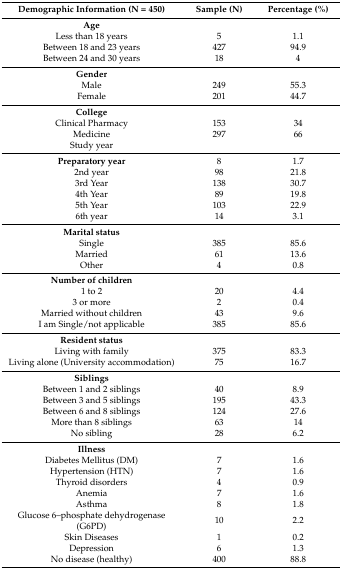
| Demographic Information (N = 450) | Sample (N) | Percentage (%) |
 | --- | --- | --- |
 | Age |  |  |
 | Less than 18 years | 5 | 1.1 |
 | Between 18 and 23 years | 427 | 94.9 |
 | Between 24 and 30 years | 18 | 4 |
 | Gender |  |  |
 | Male | 249 | 55.3 |
 | Female | 201 | 44.7 |
 | College |  |  |
 | Clinical Pharmacy | 153 | 34 |
 | Medicine | 297 | 66 |
 | Study year |  |  |
 | Preparatory year | 8 | 1.7 |
 | 2nd year | 98 | 21.8 |
 | 3rd Year | 138 | 30.7 |
 | 4th Year | 89 | 19.8 |
 | 5th Year | 103 | 22.9 |
 | 6th year | 14 | 3.1 |
 | Marital status |  |  |
 | Single | 385 | 85.6 |
 | Married | 61 | 13.6 |
 | Other | 4 | 0.8 |
 | Number of children |  |  |
 | 1 to 2 | 20 | 4.4 |
 | 3 or more | 2 | 0.4 |
 | Married without children | 43 | 9.6 |
 | I am Single/not applicable | 385 | 85.6 |
 | Resident status |  |  |
 | Living with family | 375 | 83.3 |
 | Living alone (University accommodation) | 75 | 16.7 |
 | Siblings |  |  |
 | Between 1 and 2 siblings | 40 | 8.9 |
 | Between 3 and 5 siblings | 195 | 43.3 |
 | Between 6 and 8 siblings | 124 | 27.6 |
 | More than 8 siblings | 63 | 14 |
 | No sibling | 28 | 6.2 |
 | Illness |  |  |
 | Diabetes Mellitus (DM) | 7 | 1.6 |
 | Hypertension (HTN) | 7 | 1.6 |
 | Thyroid disorders | 4 | 0.9 |
 | Anemia | 7 | 1.6 |
 | Asthma | 8 | 1.8 |
 | Glucose 6–phosphate dehydrogenase (G6PD) | 10 | 2.2 |
 | Skin Diseases | 1 | 0.2 |
 | Depression | 6 | 1.3 |
 | No disease (healthy) | 400 | 88.8 |